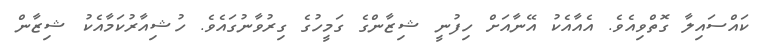
ކައްސައިލާ ގޮތްވިއެވެ. އެއާއެކު އޭނާއަށް ހިފުނީ ޝިޒާންގެ ގަމީހުގެ ގިރުވާނުގައެވެ. ހުޝިއާރުކަމާއެކު ޝިޒާން